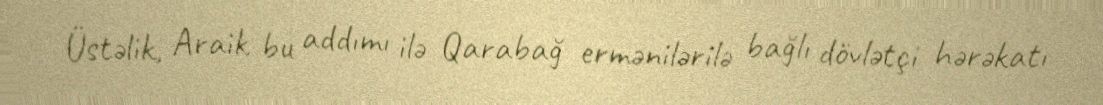
Üstəlik, Araik bu addımı ilə Qarabağ ermənilərilə bağlı dövlətçi hərəkatı